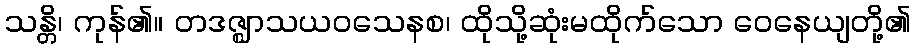
သန္တိ၊ ကုန်၏။ တဒဇ္ဈာသယဝသေနစ၊ ထိုသို့ဆုံးမထိုက်သော ဝေနေယျတို့၏